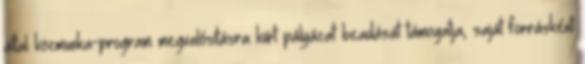
által közmunka-program megvalósításra kiírt pályázat beadását támogatja, saját forrásként